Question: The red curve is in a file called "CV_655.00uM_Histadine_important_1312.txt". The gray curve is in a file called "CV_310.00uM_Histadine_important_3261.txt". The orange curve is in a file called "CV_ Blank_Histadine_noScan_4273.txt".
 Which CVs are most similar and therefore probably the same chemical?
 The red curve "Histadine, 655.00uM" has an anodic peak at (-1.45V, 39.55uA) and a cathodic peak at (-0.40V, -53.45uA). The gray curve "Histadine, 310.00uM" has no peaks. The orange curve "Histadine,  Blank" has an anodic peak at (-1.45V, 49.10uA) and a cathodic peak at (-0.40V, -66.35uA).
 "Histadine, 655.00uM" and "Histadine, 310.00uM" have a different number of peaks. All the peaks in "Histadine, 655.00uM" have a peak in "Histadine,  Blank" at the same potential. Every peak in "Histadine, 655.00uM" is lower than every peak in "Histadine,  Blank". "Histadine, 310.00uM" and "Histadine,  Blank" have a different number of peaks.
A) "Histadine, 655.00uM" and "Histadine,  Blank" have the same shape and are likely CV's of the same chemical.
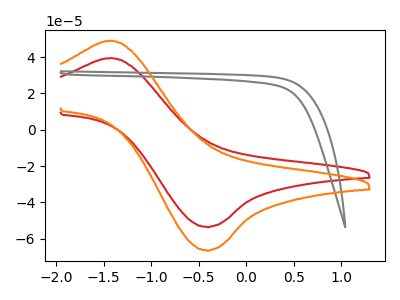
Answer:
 <answer>A) "Histadine, 655.00uM" and "Histadine,  Blank" have the same shape and are likely CV's of the same chemical.</answer>
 <eval>A</eval>